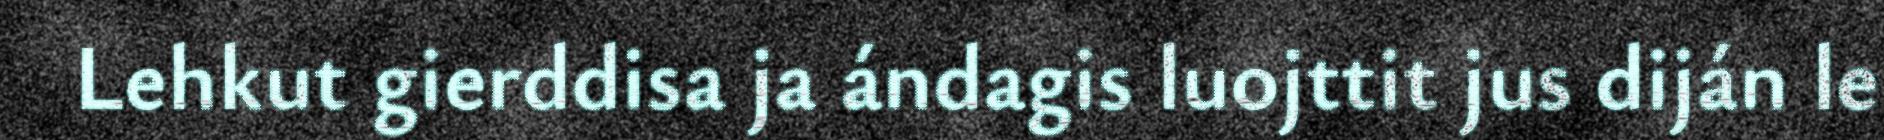
Lehkut gierddisa ja ándagis luojttit jus diján le